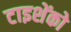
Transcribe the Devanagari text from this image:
टाइशेंको